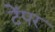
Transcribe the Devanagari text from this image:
टेंपर